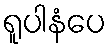
ရူပါနံပေ